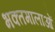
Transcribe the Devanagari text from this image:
भक्तमालाओं